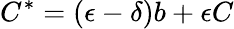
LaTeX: C^{*}=(\epsilon-\delta)b+\epsilon C